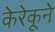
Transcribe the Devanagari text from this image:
केरेकूने